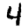
Digit: 4